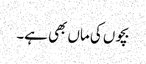
بچوں کی ماں بھی ہے۔